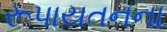
રૂપાયતનના